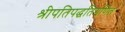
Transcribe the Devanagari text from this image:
श्रीपतिपद्धतिगणित